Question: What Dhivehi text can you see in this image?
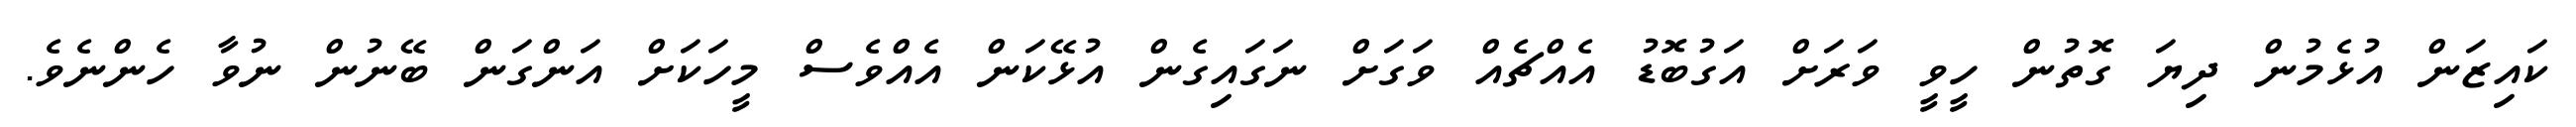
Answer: ކައިޒަން އުޅެމުން ދިޔަ ގޮތުން ހީވީ ވަރަށް އަގުބޮޑު އެއްޗެއް ވަގަށް ނަގައިގެން އުޅޭކަން އެއްވެސް މީހަކަށް އަންގަން ބޭނުން ނުވާ ހެންނެވެ.